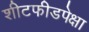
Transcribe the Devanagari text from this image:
शीटफीडपेक्षा